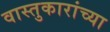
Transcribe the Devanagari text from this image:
वास्तुकारांच्या